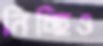
নিচ্ছিও